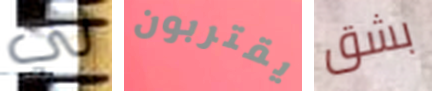
لي يقتربون بشق